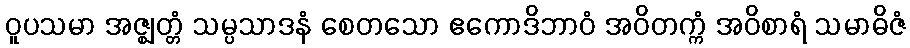
ဝူပသမာ အဇ္ဈတ္တံ သမ္ပသာဒနံ စေတသော ဧကောဒိဘာဝံ အဝိတက္ကံ အဝိစာရံ သမာဓိဇံ